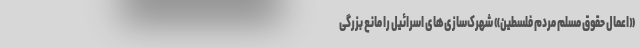
«اعمال حقوق مسلم مردم فلسطین» شهرک‌سازی‌های اسرائيل را مانع بزرگی